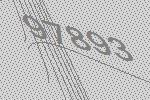
97893